Memorandum on the prevention of leprosy by segregation of the affected
Disease focus: Leprosy
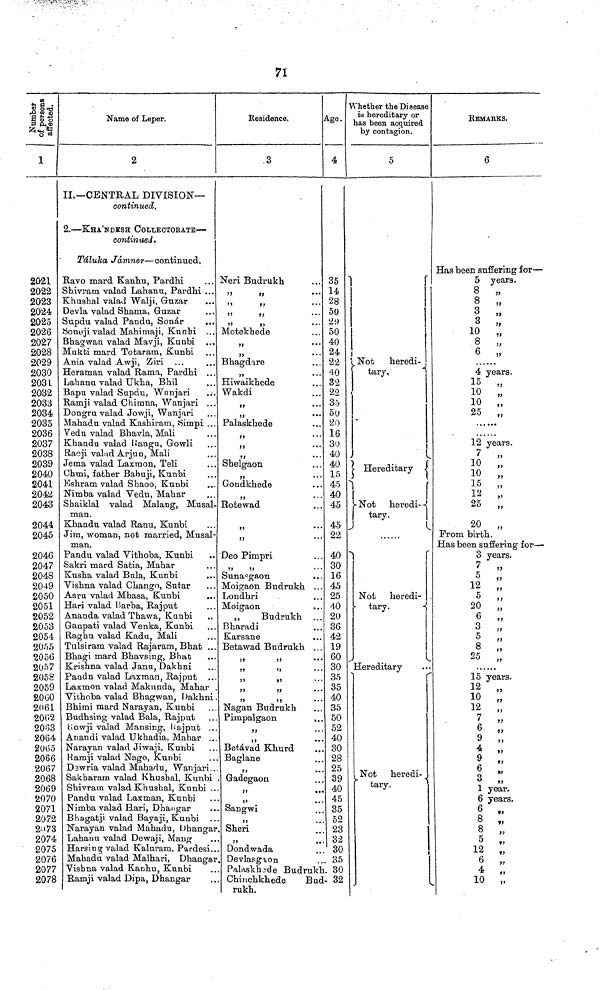
71
Number of persons affected.
1
2021
2022
2023
2024
2025
2026
2027
2028
2029
2030
2031
2032
2033
2034
2035
2036
2037
2038
2039
2040
2041
2042
2043
2044
2045
2046
2047
2048
2049
2050
2051
2052
2053
2054
2055
2056
2057
2058
2059
2060
2061
2002
2003
2064
2005
2066
2067
2068
2069
2070
2071
2072
2673
2074
2075
2076
2077
2078
Name of Leper.
2
II,— CENTRAL DIVISION—
continued.
2. — KHA'NDESH COLLECTORATE —
continued.
Taluka, Jdmner — continued.
Ravo mard Kanhu, Pardhi
Shivram valad Lahanu, Pardhi ...
Khushal valad Walji, Guzar
Devla valad Shama, Guzar
Supdu valad Pandu, Sonar
Soneji valad Mahimaji, Kunhi ,..
Bhagwan valad Mavji, Kuabi ..,
Mukti mard Totaram, Kunbi
Ania valad Awji, Ziri
Heraman valad Rama, Pardhi ...
Lahanu valad Ukha, Bhil
Bapu valad Supdu, Wanjari
Ramji valad Chimna, Wanjari ...
Dongru valad Jowji, Wanjari
Mahadu valad Kashiram, Simpi . . .
Vedu valad Bhavla, Mali
Khandu valad Rangu, Gowli
Raeji valad Arjun, Mali
Jema valad Laxmon, Teli
Chmi, father Babuji, Kunbi
Eshram valad Shaoo, Kunbi
Nimba valad Vedu, Mahar
Shaiklal valad Malang, Musal-
man.
Khandu valad Ranu, Kunbi
Jim, woman, not married, Musal-
man.
Pandu valad Vithoba, Kunbi
Sakri mard Satia, Mahar
Kusha valad Bula, Kunbi
Vishna valad Chango, Sutar
Asru valad Mhasa, Kunbi
Hari valad Barba, Rajput
Ananda valad Thawa, Kunbi
Ganpati valad Venka, Kunbi
Rag bu valad Kadu, Mali
Tulsiram valad Rajaram, Bhat ..
Bhagi mard Bhavsing, Bhat
Krishna valad Janu, Dakhni
Pandn valad Laxman, Rajput
Laxmon valad Makunda, Mahar
Vithoba valad Bhagwan, Dakhni
Bhimi mard Narayan, Kunbi
Budhsing valad Bala, Rajput
Rowji valad Mansing, Kajput ..
Anan di valad Ukhadia, Mahar ..
Narayan valad Jiwaji, Kunbi
Ramji valad Nago, Kunbi
Dawria valad Mahadu, Wanjari
Sakharam valad Khushal, Kunbi
Shivram valad Khushal, Kunbi .
Pandu valad Laxman, Kunbi
Nimba valad Hari, Dhangar
Bhagatji valad Bayaji, Kunbi
Narayan valad Mahadu, Dhanga
Lahanu valad Dewaji, Mang
Harsing valad Kaluram, Pardesi.
Mahadu valad Malhari, Dhangar
Visbna valad Kanhu, Kunbi
Ramji valad Dipa, Dhangar
Residence.
3
Neri Budrukb.
"
Motekhede
Bhagdare
"
Hiwaikhede
Wakdi
"
,,
...
Palaskhede
,,
...
Shelgaon
"
Goudkhede
"
Elotewad
Deo Pimpri
"
"
Sunasgaon
Moigaon Budrukh ..
Londhri
Moigaon
,,
Budmkh ..
Bharadi
Karsane
Betawad Budrukh . .
"
"
"
"
"
"
"
"
"
"
Nagan Budrukh
Pimpalgaon
Betavad Khurd
Baglane
Gadegaon
Sangwi
Sheri
"
..
Dondwada
Age.
4
35
14
28
50
29
50
40
24
22
40
32
22
35
50
20
16
30
40
40
15
45
40
45
45
22
40
30
16
45
25
40
20
36
42
19
60
30
35
35
40
35
50
52
40
30
28
25
39
40
45
35
52
23
32
30
Devlasg\ill\on
... 35
Palaskhode Budrukh. 30
Chinchkhede
Bud- 32
rukh.
Whether the Disease
is hereditary or
has been acquired
by contagion.
5
Not
heredi-
tary,
Hereditary
Not
heredi-
tary.
Not heredi-
tary.
Hereditary
Not heredi-
tary.
REMARKS.
6
Has been suffering for —
5 years.
8
„
8 „
3 „
3 „
10 „
8 „
6 „
4 years.
15 „
10 „
10 „
25 „
12 years.
7
„
10
„
10
„
15 „
12
"
25
„
20
„
From birth.
Has been suffering for —
3 years.
7
„
5 „
12 „
5 „
20 „
6 „
3 „
5 „
8 „
25 „
15 years.
12 „
10 „
12
„
7 „
6 „
9 „
4 „
9 „
3 "
1 year.
6 years.
6
„
8 „
8 „
5 „
12 „
6 „
4 „
10 „